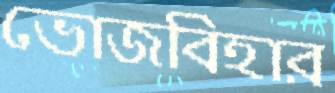
ভোজবিহার